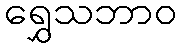
ရွှေသဘာဝ